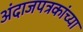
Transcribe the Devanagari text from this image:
अंदाजपत्रकांच्या